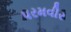
પરમવીર